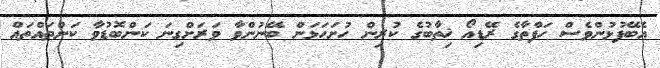
އެބޭފުޅުންވެސް ހަފްތާގެ ރޭޑިއޯ ޚިތާބުގެ ކުރިން ހުށަހަޅަން ބޭނުންވާ ވަރަށްގިނަ ކަންބޮޑުވާ ކަންތައްތައް